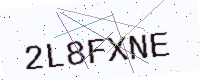
Text: 2L8FXNE